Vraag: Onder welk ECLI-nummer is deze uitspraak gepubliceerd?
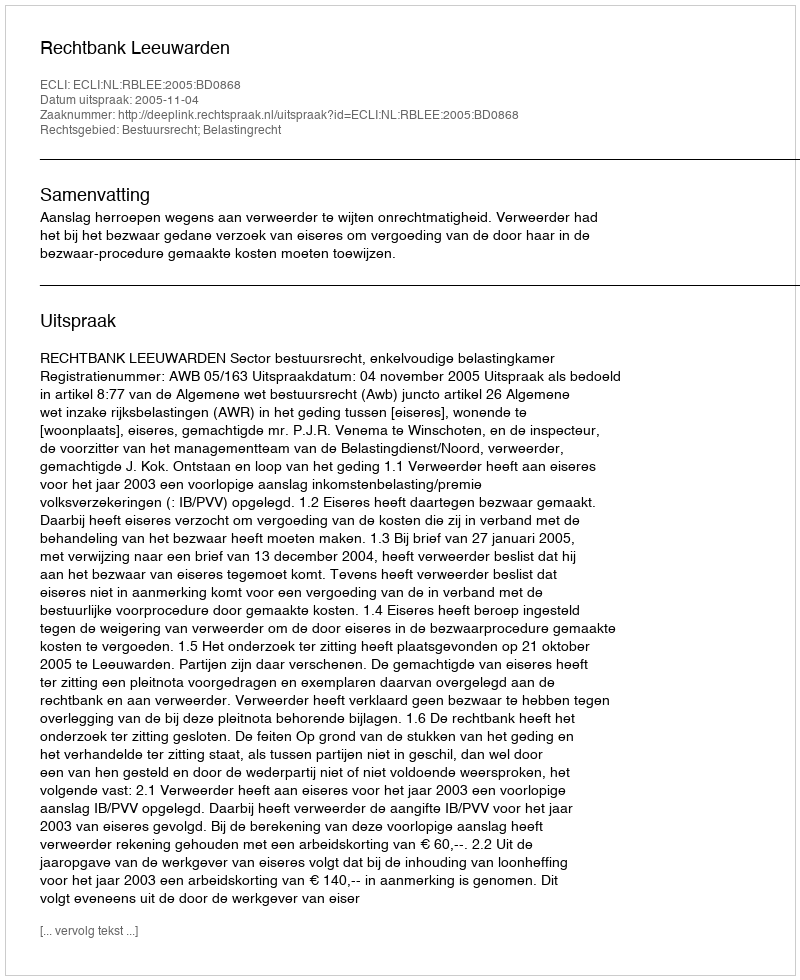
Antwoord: ECLI:NL:RBLEE:2005:BD0868